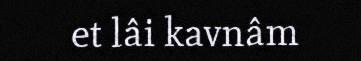
et lâi kavnâm